Theory and practice of anti-rabic immunisation - Number 30
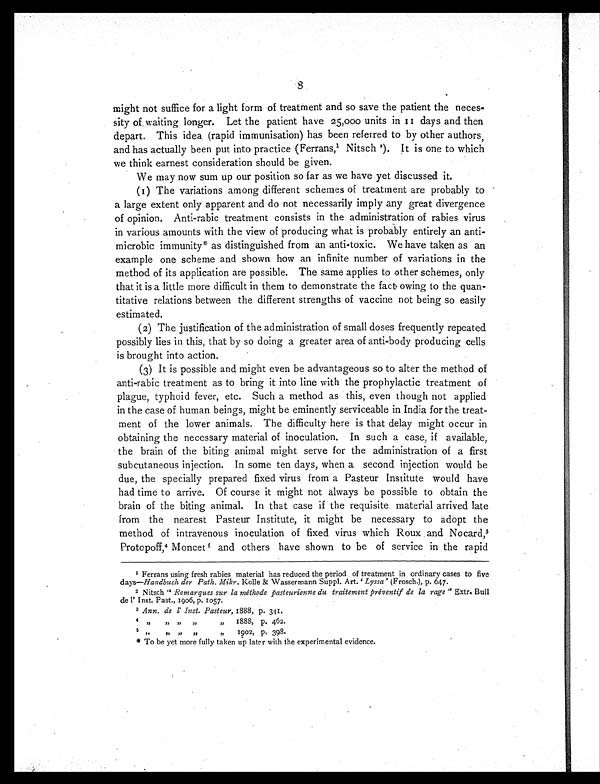
8
might not suffice for a light form of treatment and so save the patient the neces-
sity of waiting longer. Let the patient have 25,000 units in 11 days and then
depart. This idea (rapid immunisation) has been referred to by other authors,
and has actually been put into practice (Ferrans, 1 Nitsch 2). It is one to which
we think earnest consideration should be given.
We may now sum up our position so far as we have yet discussed it.
(1) The variations among different schemes of treatment are probably to
a large extent only apparent and do not necessarily imply any great divergence
of opinion. Anti-rabic treatment consists in the administration of rabies virus
in various amounts with the view of producing what is probably entirely an anti-
microbic immunity* as distinguished from an anti-toxic. We have taken as an
example one scheme and shown how an infinite number of variations in the
method of its application are possible. The same applies to other schemes, only
that it is a little more difficult in them to demonstrate the fact owing to the quan-
titative relations between the different strengths of vaccine not being so easily
estimated.
(2) The justification of the administration of small doses frequently repeated
possibly lies in this, that by so doing a greater area of anti-body producing cells
is brought into action.
(3) It is possible and might even be advantageous so to alter the method of
anti-rabic treatment as to bring it into line with the prophylactic treatment of
plague, typhoid fever, etc. Such a method as this, even though not applied
in the case of human beings, might be eminently serviceable in India for the treat-
ment of the lower animals. The difficulty here is that delay might occur in
obtaining the necessary material of inoculation. In such a case, if available,
the brain of the biting animal might serve for the administration of a first
subcutaneous injection. In some ten days, when a second injection would be
due, the specially prepared fixed virus from a Pasteur Institute would have
had time to arrive. Of course it might not always be possible to obtain the
brain of the biting animal. In that case if the requisite material arrived late
from the nearest Pasteur Institute, it might be necessary to adopt the
method of intravenous inoculation of fixed virus which Roux and Nocard, 3
Protopoff,4 Moncet5 and others have shown to be of service in the rapid
1 Ferrans using fresh rabies material has reduced the period of treatment in ordinary cases to five
days—Handbuch der Path. Mikr. Kolle & Wassermann Suppl. Art. 'Lyssa' (Frosch.), p. 647.
2 Nitsch "Remarques sur la méthode pasteurienne du traitement préventif de la rage" Extr. Bull
de l' Inst. Past., 1906, p. 1057.
3 Ann. de l' Inst. Pasteur, 1888, p. 341.
4 , ,
, , , , , , , , 1 8 8 8 , p . 4 6 2 .
5 ,, ,, ,, ,, ,, 1902, p, 398.
* To be yet more fully taken up later with the experimental evidence.